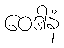
ဝေဒါနံ